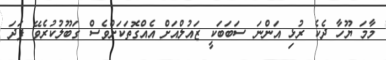
މާމަ ޔޫހާ ދެކެ ރުޅި އަންނަ ސަބަބަކީ ޒައުލްއަށް އެއްގޮތަކަށްވެސް ގަބޫލުކުރެވޭ ފަދަ